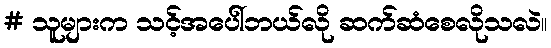
# သူများက သင့်အပေါ်ဘယ်လို ဆက်ဆံစေလိုသလဲ။